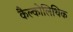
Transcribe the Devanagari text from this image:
कैल्कोलिथिक